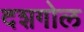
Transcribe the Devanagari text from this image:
दशगोल